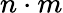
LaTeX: n\cdot m